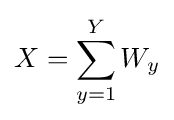
X=\sum _{y=1}^{Y}W_{y}